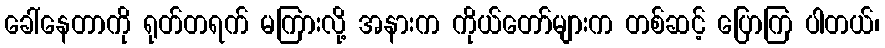
ခေါ်နေတာကို ရုတ်တရက် မကြားလို့ အနားက ကိုယ်တော်များက တစ်ဆင့် ပြောကြ ပါတယ်၊